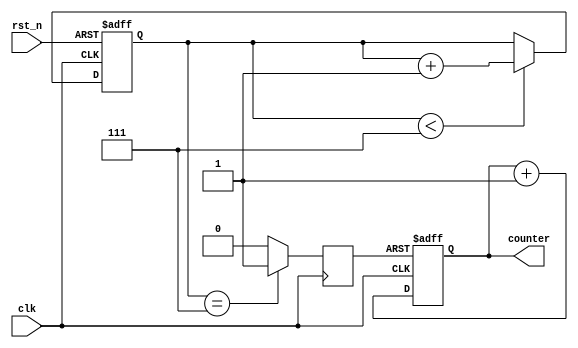
module reset_example (
    input wire clk,          // Clock signal
    input wire rst_n,       // Active-low reset signal
    output reg [7:0] counter // Example output (8-bit counter)
);

// Debounce parameters
reg [2:0] debounce_count; // Counter for debouncing
reg rst_debounced;        // Debounced reset signal
parameter DEBOUNCE_LIMIT = 3'b111; // Adjust as needed for debounce

// Synchronous reset condition
always @(posedge clk or negedge rst_n) begin
    // Debounce the reset signal
    if (!rst_n) begin
        debounce_count <= 3'b000; // Reset the debounce counter
    end else if (debounce_count < DEBOUNCE_LIMIT) begin
        debounce_count <= debounce_count + 1'b1;
    end
end

// Check if the reset signal is stable for debounce
always @(posedge clk) begin
    if (debounce_count == DEBOUNCE_LIMIT) begin
        rst_debounced <= 1'b1; // Reset signal is stable
    end else begin
        rst_debounced <= 1'b0; // Reset signal is not stable
    end
end

// Behavior on reset
always @(posedge clk or negedge rst_debounced) begin
    if (!rst_debounced) begin
        counter <= 8'b0; // Reset counter to zero
    end else begin
        counter <= counter + 1'b1; // Increment counter
    end
end

endmodule